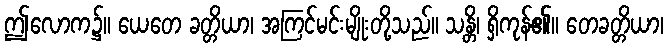
ဤလောက၌။ ယေတေ ခတ္တိယာ၊ အကြင်မင်းမျိုးတို့သည်။ သန္တိ၊ ရှိကုန်၏။ တေခတ္တိယာ၊